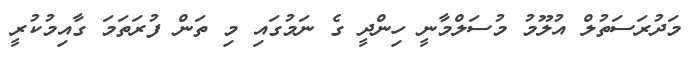
މަދުރަސަތުލް އުލޫމު މުސަލްމާނީ ހިންދީ ގެ ނަމުގައި މި ތަން ފުރަތަމަ ގާއިމުކުރީ